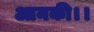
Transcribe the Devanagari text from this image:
आनकी।।